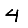
Digit: 4